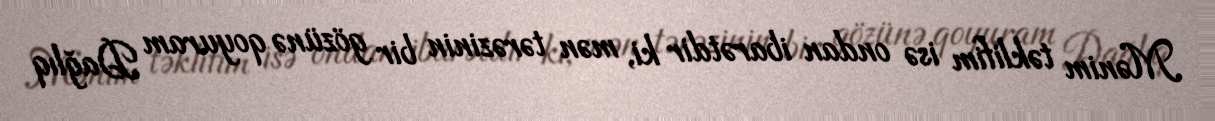
Mənim təklifim isə ondan ibarətdir ki, mən tərəzinin bir gözünə qoyuram Dağlıq